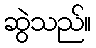
ဆွဲသည်။